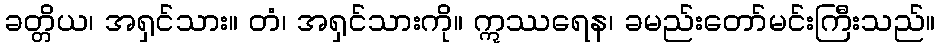
ခတ္တိယ၊ အရှင်သား။ တံ၊ အရှင်သားကို။ ဣဿရေန၊ ခမည်းတော်မင်းကြီးသည်။